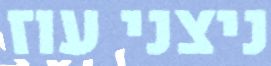
ניצני עוז